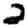
Digit: 2